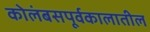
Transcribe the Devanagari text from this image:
कोलंबसपूर्वकालातील